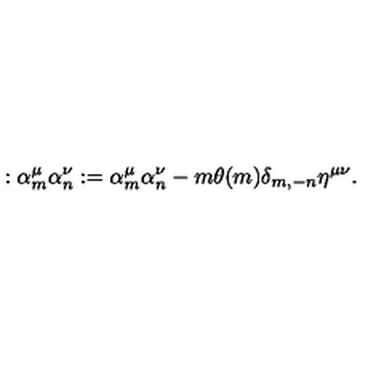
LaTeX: : \alpha _ { m } ^ { \mu } \alpha _ { n } ^ { \nu } : = \alpha _ { m } ^ { \mu } \alpha _ { n } ^ { \nu } - m \theta ( m ) \delta _ { m , - n } \eta ^ { \mu \nu } { . }